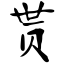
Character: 贳